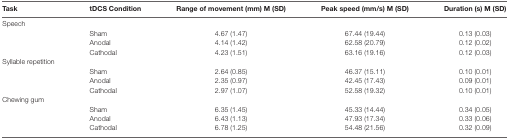
| Task | tDCS Condition | Range of movement (mm) M (SD) | Peak speed (mm/s) M (SD) | Duration (s) M (SD) |
 | --- | --- | --- | --- | --- |
 | Speech |  |  |  |  |
 |  | Sham | 4.67 (1.47) | 67.44 (19.44) | 0.13 (0.03) |
 |  | Anodal | 4.14 (1.42) | 62.58 (20.79) | 0.12 (0.02) |
 |  | Cathodal | 4.23 (1.51) | 63.16 (19.16) | 0.12 (0.03) |
 | Syllable repetition |  |  |  |  |
 |  | Sham | 2.64 (0.85) | 46.37 (15.11) | 0.10 (0.01) |
 |  | Anodal | 2.35 (0.97) | 42.45 (17.43) | 0.09 (0.01) |
 |  | Cathodal | 2.97 (1.07) | 52.58 (19.32) | 0.10 (0.01) |
 | Chewing gum |  |  |  |  |
 |  | Sham | 6.35 (1.45) | 45.33 (14.44) | 0.34 (0.05) |
 |  | Anodal | 6.43 (1.13) | 47.93 (17.34) | 0.33 (0.06) |
 |  | Cathodal | 6.78 (1.25) | 54.48 (21.56) | 0.32 (0.09) |